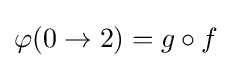
\varphi (0\to 2)=g\circ f